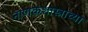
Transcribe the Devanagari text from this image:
नाणकशास्त्राच्या